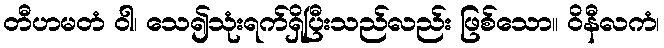
တီဟမတံ ဝါ၊ သေ၍သုံးရက်ရှိပြီးသည်လည်း ဖြစ်သော။ ဝိနီလကံ၊